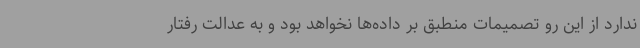
ندارد از این رو تصمیمات منطبق بر داده‌ها نخواهد بود و به عدالت رفتار